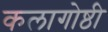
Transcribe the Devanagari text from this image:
कलागोष्ठी